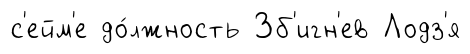
с'ейм'е до́лжность Зб'игн'ев Лодз'я